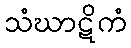
သံဃာဋိကံ